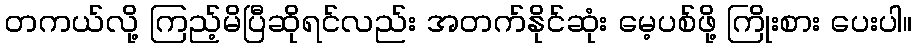
တကယ်လို့ ကြည့်မိပြီဆိုရင်လည်း အတက်နိုင်ဆုံး မေ့ပစ်ဖို့ ကြိုးစား ပေးပါ။